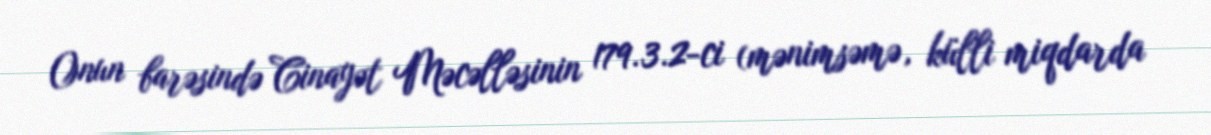
Onun barəsində Cinayət Məcəlləsinin 179.3.2-ci (mənimsəmə, külli miqdarda